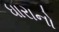
ધારાનો